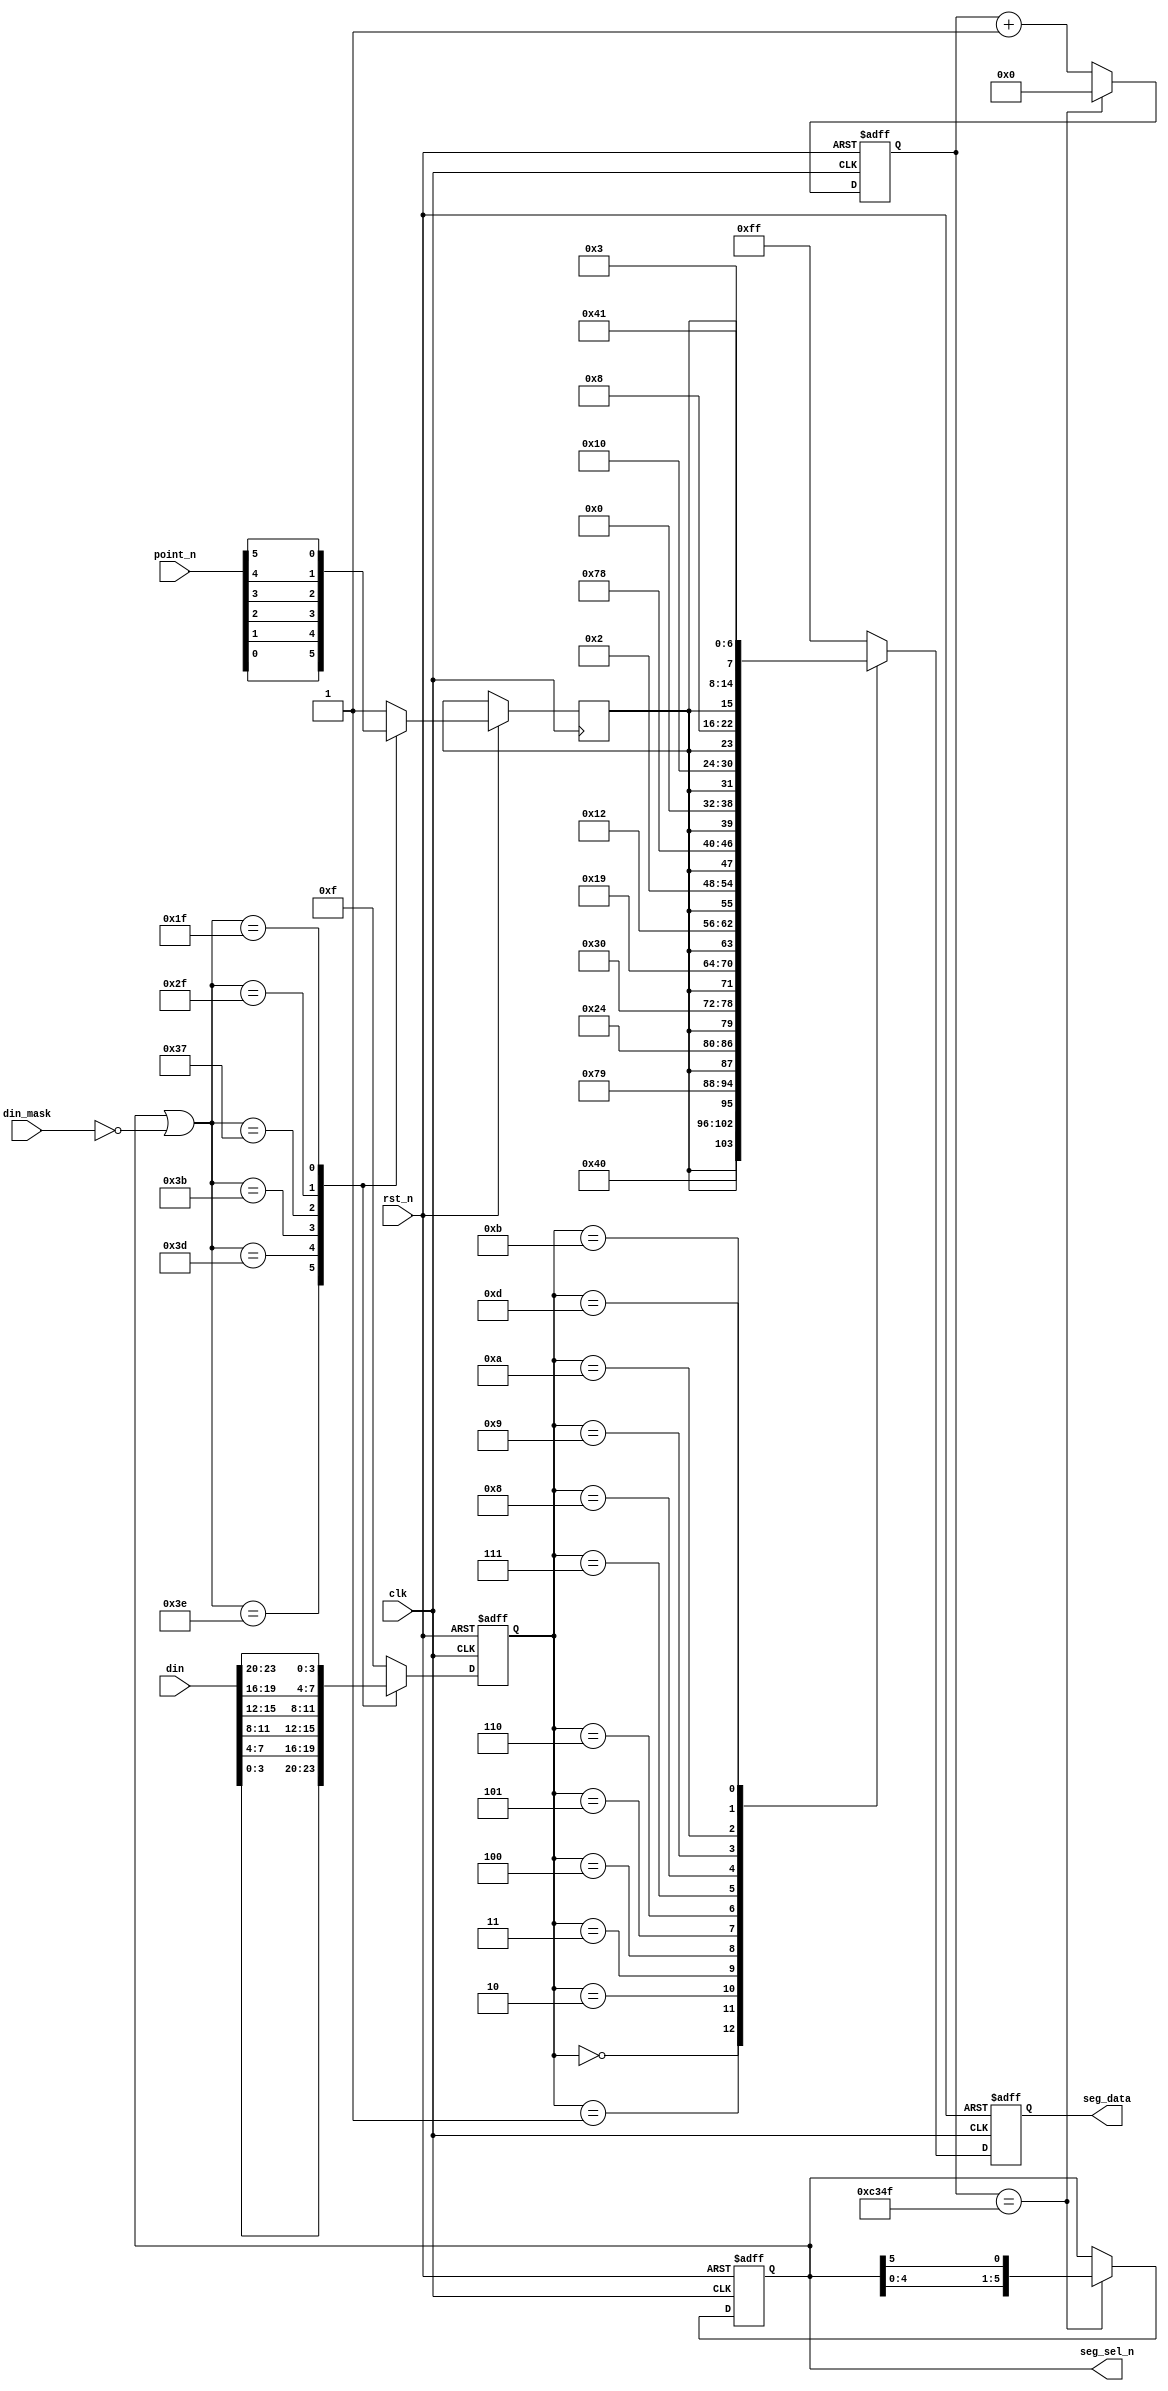
module seg_driver( 
    input				clk		,
    input				rst_n	,
    input	[23:0]		din		,//246 {24'h123456}
    input   [5:0]       din_mask,//6,
    input   [5:0]       point_n   ,//  
//
    output reg [7:0]    seg_data,//
    output reg [5:0]    seg_sel_n    
);

localparam  ZER = 7'b100_0000,
            ONE = 7'b111_1001,
            TWO = 7'b010_0100,
            THR = 7'b011_0000,
            FOU = 7'b001_1001,
            FIV = 7'b001_0010,
            SIX = 7'b000_0010,
            SEV = 7'b111_1000,
            EIG = 7'b000_0000,
            NIN = 7'b001_0000,
            A   = 7'b000_1000,
            B   = 7'b000_0011,
            U   = 7'b100_0001;
    
    //			 
parameter    SHIFT_TIME = 50_000;                      
    //		 
reg  [15:0]  cnt    ;
wire         add_cnt;
wire         end_cnt;

reg  [3:0]   num    ;//
reg          point_r;

//1ms
always @(posedge clk or negedge rst_n)begin 
   if(!rst_n)begin
        cnt <= 0;
    end 
    else if(add_cnt)begin 
            if(end_cnt)begin 
                cnt <= 0;
            end
            else begin 
                cnt <= cnt + 1;
            end 
    end
   else  begin
       cnt <= cnt;
    end
end 

assign add_cnt = 1'b1;
assign end_cnt = add_cnt && cnt == SHIFT_TIME - 1'b1;

//1ms
always @(posedge clk or negedge rst_n)begin 
    if(!rst_n)begin
        seg_sel_n <= 6'b111110;
    end 
    else if(end_cnt)begin 
        seg_sel_n <= {seg_sel_n[4:0],seg_sel_n[5]};
    end 
    else begin 
        seg_sel_n <= seg_sel_n; 
    end 
end

//
always @(posedge clk or negedge rst_n)begin 
    if(!rst_n)begin
        num <= 0;
    end                                 
    else case(seg_sel_n | (~din_mask)) //din <= {24'h123456}     din_mask <= 6'b000111;//
      6'b111110 :begin num <= din[3:0]   ; point_r <= point_n[0]; end 
      6'b111101 :begin num <= din[7:4]   ; point_r <= point_n[1]; end
      6'b111011 :begin num <= din[11:8]  ; point_r <= point_n[2]; end 
      6'b110111 :begin num <= din[15:12] ; point_r <= point_n[3]; end
      6'b101111 :begin num <= din[19:16] ; point_r <= point_n[4]; end
      6'b011111 :begin num <= din[23:20] ; point_r <= point_n[5]; end
        default: begin num <= 4'hf ; point_r <= 1'b1; end
    endcase
end


//
always @(posedge clk or negedge rst_n)begin 
    if(!rst_n)begin
        seg_data <= 8'hff;//
    end 
    else case(num) //
        4'h0  : seg_data <= {point_r,ZER};
        4'h1  : seg_data <= {point_r,ONE};
        4'h2  : seg_data <= {point_r,TWO};
        4'h3  : seg_data <= {point_r,THR};
        4'h4  : seg_data <= {point_r,FOU};
        4'h5  : seg_data <= {point_r,FIV};
        4'h6  : seg_data <= {point_r,SIX};
        4'h7  : seg_data <= {point_r,SEV};
        4'h8  : seg_data <= {point_r,EIG};
        4'h9  : seg_data <= {point_r,NIN};
        4'hA  : seg_data <= {point_r,A};
        4'hB  : seg_data <= {point_r,B};
        4'hD  : seg_data <= {point_r,U};
        default : seg_data <= 8'hff;
    endcase
         
end
                        
endmodule